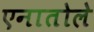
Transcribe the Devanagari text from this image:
एनातोले